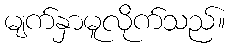
မျက်နှာမူလိုက်သည်။